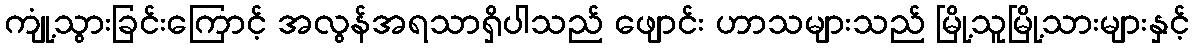
ကျုံ့သွားခြင်းကြောင့် အလွန်အရသာရှိပါသည် ဖျောင်း ဟာသများသည် မြို့သူမြို့သားများနှင့်